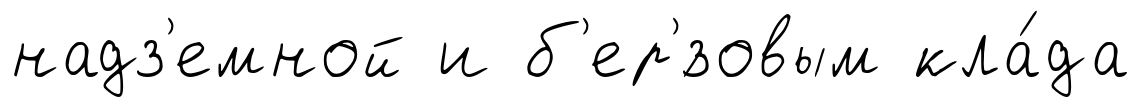
надз'емной и б'ер'́зовым кла́да